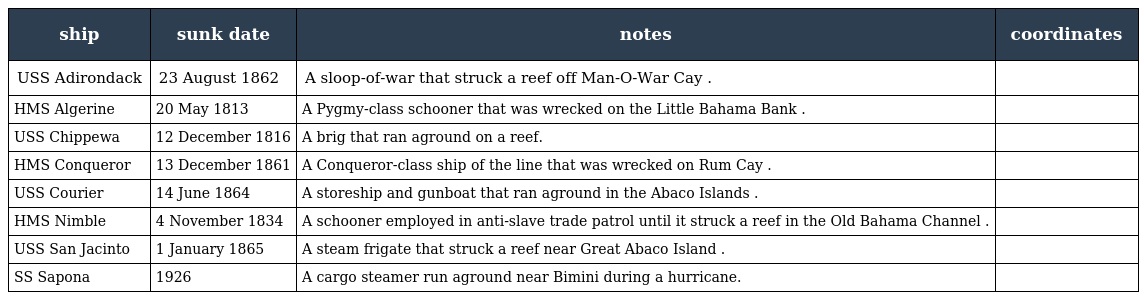
| ship | sunk date | notes | coordinates |
 | --- | --- | --- | --- |
 | USS Adirondack | 23 August 1862 | A sloop-of-war that struck a reef off Man-O-War Cay . |  |
 | HMS Algerine | 20 May 1813 | A Pygmy-class schooner that was wrecked on the Little Bahama Bank . |  |
 | USS Chippewa | 12 December 1816 | A brig that ran aground on a reef. |  |
 | HMS Conqueror | 13 December 1861 | A Conqueror-class ship of the line that was wrecked on Rum Cay . |  |
 | USS Courier | 14 June 1864 | A storeship and gunboat that ran aground in the Abaco Islands . |  |
 | HMS Nimble | 4 November 1834 | A schooner employed in anti-slave trade patrol until it struck a reef in the Old Bahama Channel . |  |
 | USS San Jacinto | 1 January 1865 | A steam frigate that struck a reef near Great Abaco Island . |  |
 | SS Sapona | 1926 | A cargo steamer run aground near Bimini during a hurricane. |  |